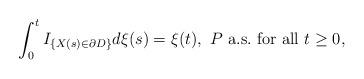
LaTeX: \begin{align*}\int^t_0 I_{\{ X(s) \in \partial D \} } d \xi(s) = \xi(t), \ P \ {\rm a.s. \ for\ all} \ t \geq 0,\end{align*}